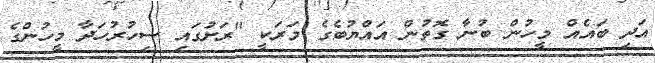
އަދި ބައެއް މީހުން ބުނާ ގޮތުން އައްޔުބެގެ މަރަކީ "ރަށުގައި ސިހުރުހަދާ މީހުންގެ